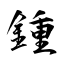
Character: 鍾